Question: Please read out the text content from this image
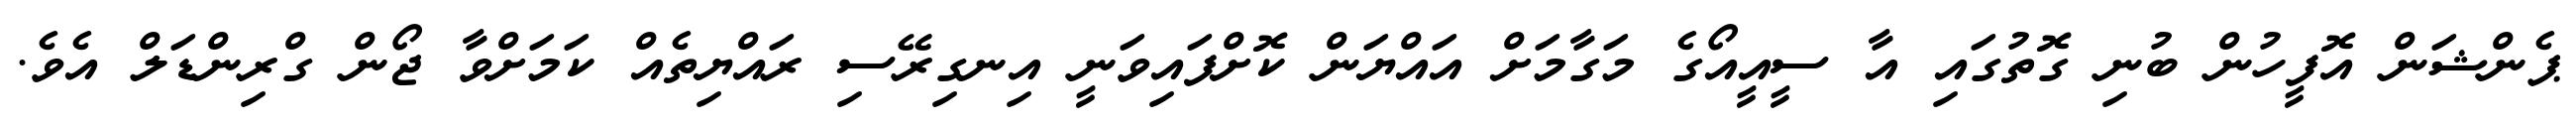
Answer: ޕެންޝަން އޮފީހުން ބުނި ގޮތުގައި އާ ސީއީއޯގެ މަގާމަށް އައްޔަން ކޮށްފައިވަނީ އިނގިރޭސި ރައްޔިތެއް ކަމަށްވާ ޖޯން ގްރިންޑަލް އެވެ.